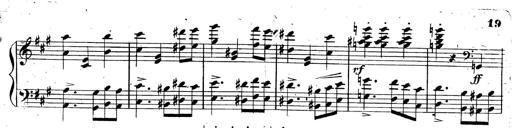
Title: 3 Caprices-Valses
Composer: Franz Liszt